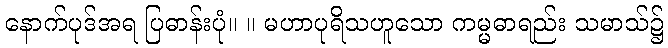
နောက်ပုဒ်အရ ပြဓာန်းပုံ။ ။ မဟာပုရိသဟူသော ကမ္မဓာရည်း သမာသ်၌